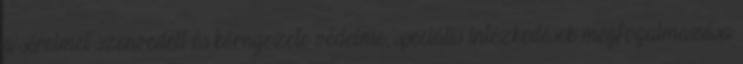
a sérelmet szenvedett és környezete védelme; speciális intézkedések megfogalmazása